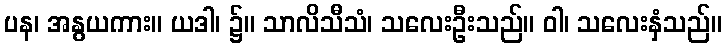
ပန၊ အနွယကား။ ယဒါ၊ ၌။ သာလိသီသံ၊ သလေးဦးသည်။ ဝါ၊ သလေးနှံသည်။